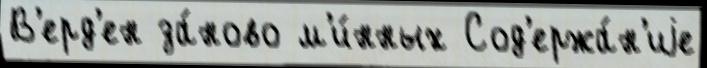
В'ерд'ен за́ново м'и́нных Сод'ержа́н'иjе